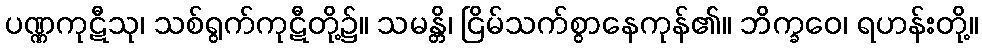
ပဏ္ဏကုဋီသု၊ သစ်ရွက်ကုဋီတို့၌။ သမန္တိ၊ ငြိမ်သက်စွာနေကုန်၏။ ဘိက္ခဝေ၊ ရဟန်းတို့။